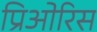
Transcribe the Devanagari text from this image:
प्रिओरिस